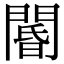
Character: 閽